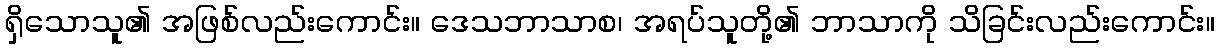
ရှိသောသူ၏ အဖြစ်လည်းကောင်း။ ဒေသဘာသာစ၊ အရပ်သူတို့၏ ဘာသာကို သိခြင်းလည်းကောင်း။